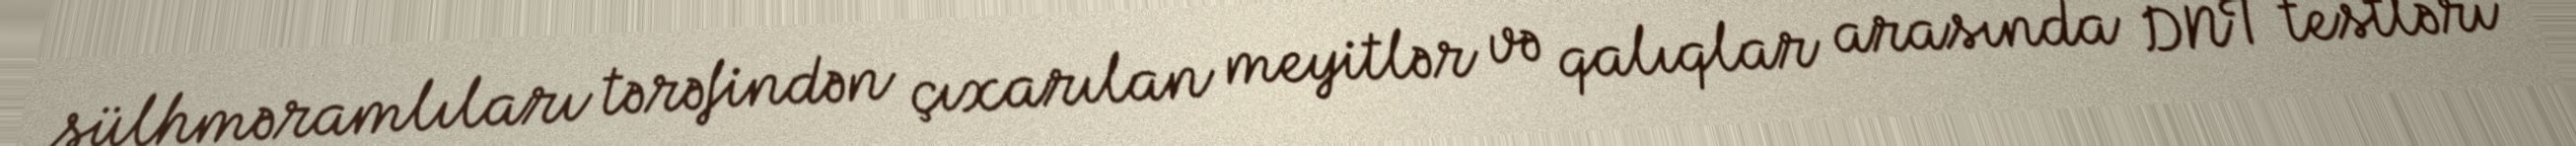
sülhməramlıları tərəfindən çıxarılan meyitlər və qalıqlar arasında DNT testləri